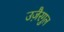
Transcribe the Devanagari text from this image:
उजै़रगुल